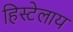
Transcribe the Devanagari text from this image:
हिस्टेलाय